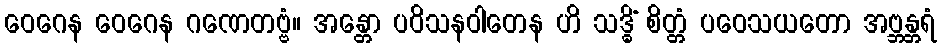
ဝေဂေန ဝေဂေန ဂဏေတဗ္ဗံ။ အန္တော ပဝိသနဝါတေန ဟိ သဒ္ဓိံ စိတ္တံ ပဝေသယတော အဗ္ဘန္တရံ